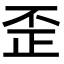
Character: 歪